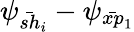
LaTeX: \psi_{\bar{sh}_{i}}-\psi_{\bar{xp}_{1}}